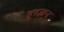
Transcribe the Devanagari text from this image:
दूरज्ञान